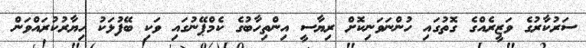
ސަރުކާރުގެ ވަޒީރެއްގެ ގޮތުގައި ހުންނަވަނިކޮށް ރިޔާސީ އިންތިހާބުގެ ކެމްޕޭނުގައި ވަކި ބޭފުޅަކު ހިޔާރުކުރައްވަން